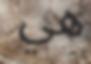
ھي